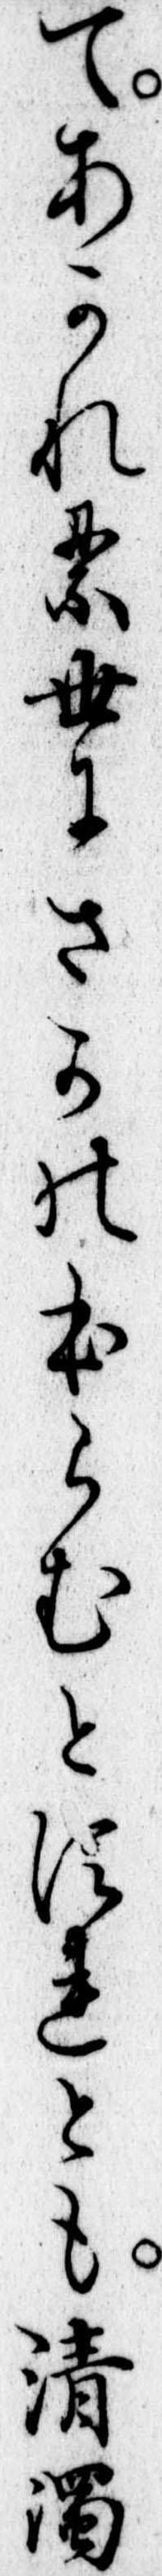
てあかれる世にさかのほらむとすれとも清濁